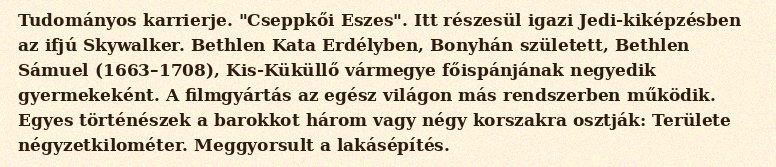
Tudományos karrierje. "Cseppkői Eszes". Itt részesül igazi Jedi-kiképzésben az ifjú Skywalker. Bethlen Kata Erdélyben, Bonyhán született, Bethlen Sámuel (1663–1708), Kis-Küküllő vármegye főispánjának negyedik gyermekeként. A filmgyártás az egész világon más rendszerben működik. Egyes történészek a barokkot három vagy négy korszakra osztják: Területe négyzetkilométer. Meggyorsult a lakásépítés.